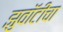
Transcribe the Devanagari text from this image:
झुवॉटीचा